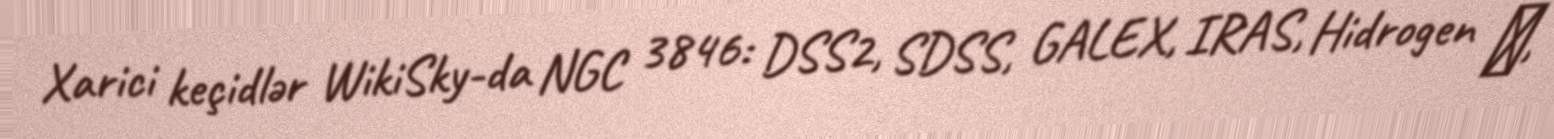
Xarici keçidlər WikiSky-da NGC 3846: DSS2, SDSS, GALEX, IRAS, Hidrogen α,